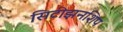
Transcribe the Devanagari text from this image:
सिटीझनशिप